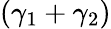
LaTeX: (\gamma_{1}+\gamma_{2})